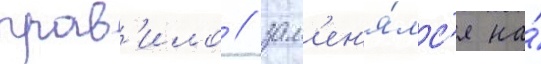
прав'ило / зам'ен'я́лс'я на́